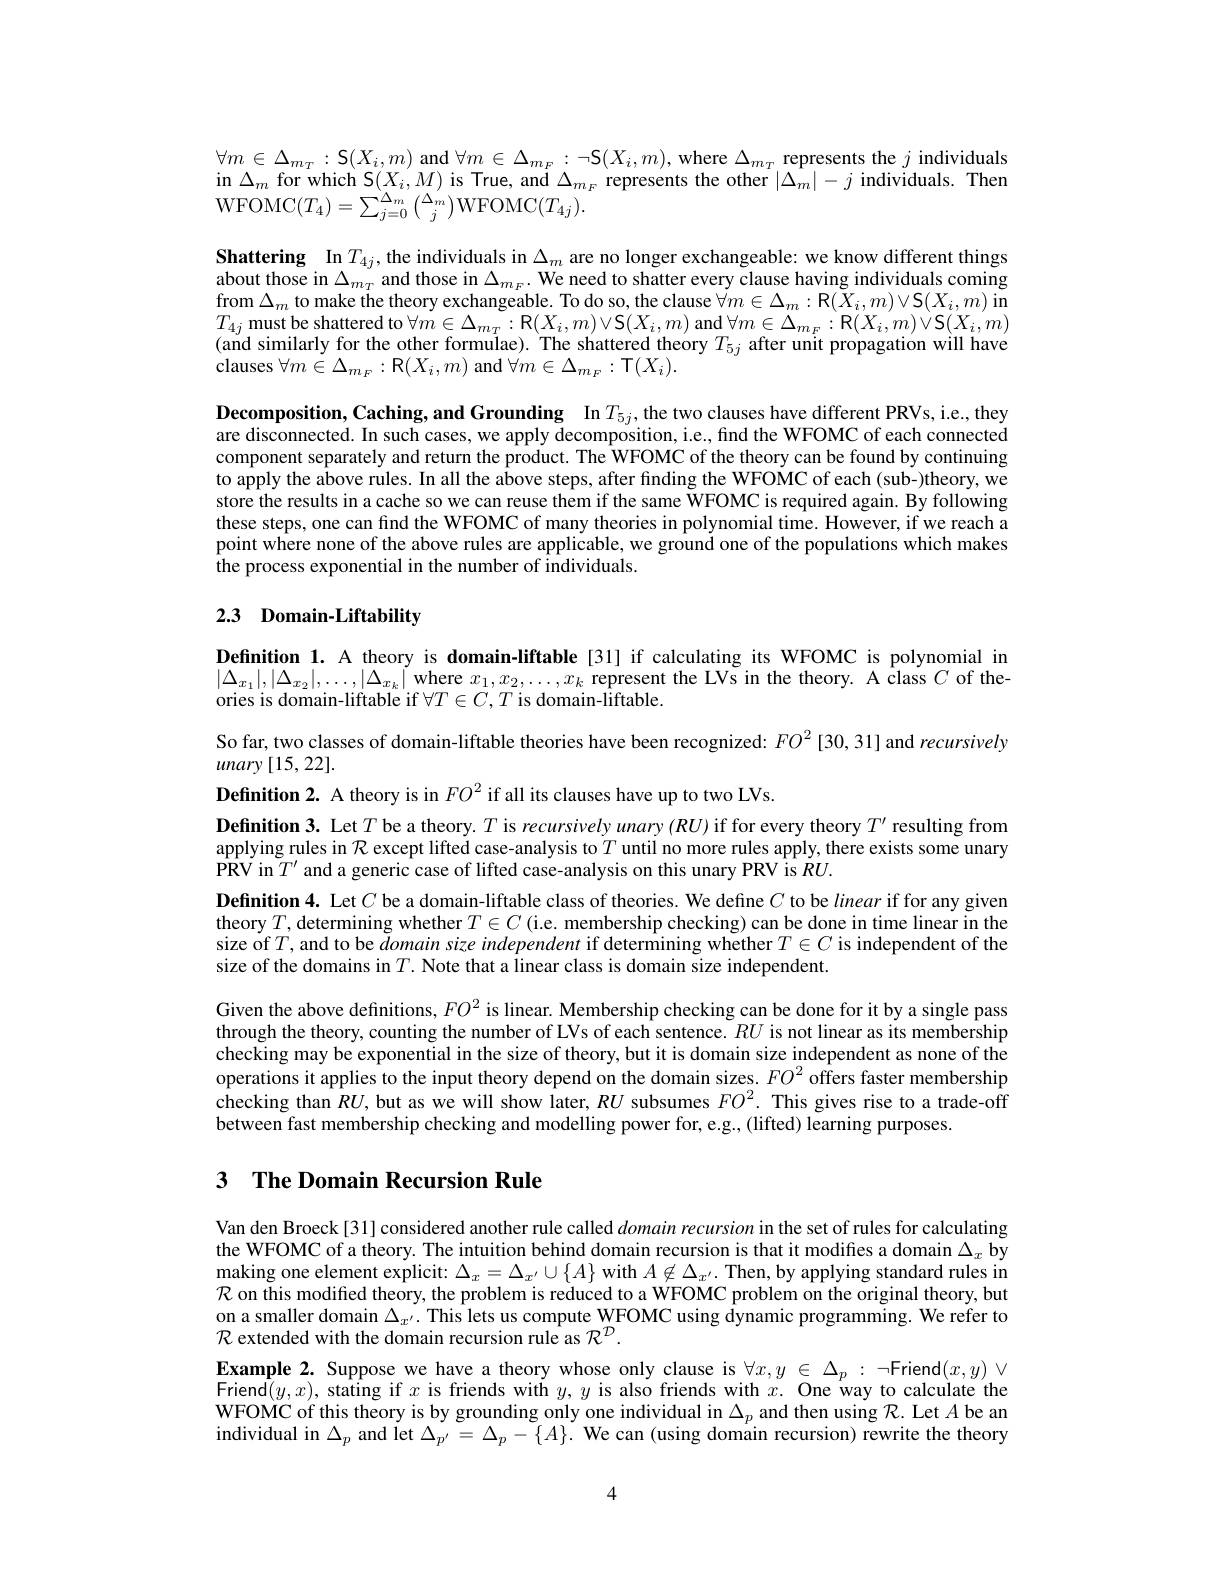
$\forall m\in\Delta_{m_T}:$S$(X_i,m)$ and $\forall m\in\Delta_m_F:\neg\mathcal{S}(X_i,m)$, where $\Delta_m_T$ represents the $j$ individuals in $\Delta_m$ for which S$(X_i,M)$ is True, and $\Delta_m_F$ represents the other $|\Delta_m|-j$ individuals. Then WFOMC$(T_4)=\sum_{j=0}^{\Delta_{m}}\binom{\Delta_{m}}{j}$WFOMC$(T_{4j}).$

Shattering In$T_{4j}$,the individuals in $\Delta_m$ are no longer exchangeable: we know different things about those in $\Delta _{m_T}$ and those in $\Delta _{m_F}.$ We need to shatter every clause having individuals coming about those in $\Delta _{m_F}$ and those in $\Delta _{m_F}.$ We neeed to shatter every clause having individuals coming about those in $\Delta _{m_F}$ and $\begin{array}{l}{\mathrm{from~}\Delta_{m}\text{ to make theory exchangeable. To do so, the clause }\dot{\forall}m\in\Delta_{m}:\mathbf{R}(\bar{X}_{i},m)\vee\mathbf{S}(X_{i},m)\text{ in}}\\{T_{4j}\text{ must be shattered to }\forall m\in\Delta_{m_{T}}:\mathbb{R}(X_{i},m)\vee\mathcal{S}(X_{i},m)\mathrm{~and~}\forall m\in\Delta_{m_{F}}:\mathbb{R}(X_{i},m)\vee\mathcal{S}(X_{i},m)}\end{array}$ (and similarly for the other formulae). The shattered theory $T_5j$ after unit propagation will have ${\mathrm{clauses~}\forall m\in\Delta_{m_{F}}:{\mathrm{R}}}(X_{i},m){\mathrm{~and~}}\forall m\in\Delta_{m_{F}}:{\mathrm{T}}(X_{i}).$

$\textbf{Decomposition, Caching, and Grounding}$ In$T_5j$,the two clauses have different PRVs, i.e., they are disconnected. In such cases, we apply decomposition, i.e., find the WFOMC of each connected component separately and return the product. The $\hat{\text{WFOMC of the theory can be found by continuing}}$ to apply the above rules. In all the above steps, after finding the WFOMC of each (sub-)theory, we store the results in a cache so we can reuse them if the same $\tilde{\text{WFOMC is required again.By following}}$ these steps, one can find the WFOMC of many theories in polynomial time. However, if we reach a point where none of the above rules are applicable, we ground one of the populations which makes ${\hat{\text{the process exponential in the number of individuals.}}}$
2.3 Domain-Liftability

Definition 1. A theory is domain-liftable[31] if calculating its WFOMC is polynomial in $|\Delta_{x_{1}}|,|\Delta_{x_{2}}|,\ldots,|\Delta_{x_{k}}|$ where $x_1,x_2,\ldots,x_k$ represent the LVs in the theory. A class $C$ of theories is domain-liftable if $\forall T\in C,T$ is domain-liftable.
So far, two classes of domain-liftable theories have been recognized: $FO^{2}[30,31]$ and recursively
$unary\left[15,22\right].$
Definition 2. A theory is in $FO^{2}$ if all its clauses have up to two LVs.
Definition 3. Let $T$ be a theory. $T$ is recursively unary ($RU)$ if for every theory $T^\prime$ resulting from applying rules in $\mathcal{R}$ except lifted case-analysis to$T$ until no more rules apply, there exists some unary PRV in $T^\prime$ and a generic case of lifted case-analysis on this unary PRV is $RU.$
Definition 4. Let $C$ be a domain-liftable class of theories. We define $C$ to be linear if for any given theory $T$, determining whether $T\in C$ (i.e. membership checking) can be done in time linear in the size of $T$,and to be $\tilde domainsize$ independent if determining whether $T\in C$ is independent of the size of the domains in$T.$ Note that a linear class is domain size independent
Given the above definitions, $FO^{2}$ is linear. Membership checking can be done for it by a single pass through the theory, counting the number of LVs of each sentence. $RU$ is not linear as its membership checking may be exponential in the size of theory, but it is domain size independent as none of the operations it applies to the input theory depend on the domain sizes. $FO^2\hat{\text{offers faster membership}}$ checking than $RU$, but as we will show later, $RU$ subsumes $FO^2.$ This gives rise to a trade-off between fast membership checking and modelling power for, e.g., (lifted) learning purposes.

## 3 The Domain Recursion Rule

Van den Broeck [31] considered another rule called domain recursion in the set of rules for calculating the WFOMC of a theory. The intuition behind domain recursion is that it modifies a domain $\Delta_x$ by making one element explicit: $\Delta_x=\Delta_{x^{\prime}}\cup\{A\}$ with $A\not\in\Delta_{x^{\prime}}.$ Then, by applying standard rules in $\mathcal{R}$ on this modified theory, the problem is reduced to a WFOMC problem on the original theory, but on a smaller domain $\Delta_{x^{\prime}}.$ This lets us compute WFOMC using dynamic programming. We refer to $\mathcal{R}$ extended with the domain recursion rule as $\mathcal{R}^\mathcal{D}.$
Example 2. Suppose we have a theory whose only clause is $\forall x,y\in\Delta_p:\neg$Friend$(x,y)\lor$ Friend$( y, x) $,stating if $x$ is friends with $y,y$ is also friends with $x.$ One way to calculate the WFOMC of this theory is by grounding only one individual in $\Delta_p$ and then using $\mathcal{R}.$ Let $A$ be an individual in $\Delta_p$ and let $\Delta_{p^{\prime}}=\Delta_p-\{A\}.$ We can (using domain recursion) rewrite the theory

4